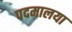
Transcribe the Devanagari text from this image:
पदमालया